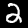
Digit: 2